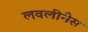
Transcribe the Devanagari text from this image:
लवलीनैस